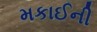
મકાઈની